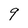
Character: 9